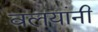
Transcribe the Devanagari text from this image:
वलयांनी